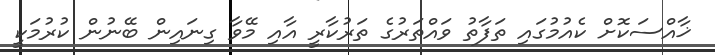
ޚާއްސަކޮށް ކެއުމުގައި ތަފާތު ވައްތަރުގެ ތަރުކާރީ އާއި މޭވާ ގިނައިން ބޭނުން ކުރުމަކީ